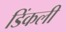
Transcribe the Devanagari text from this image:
डिंकली